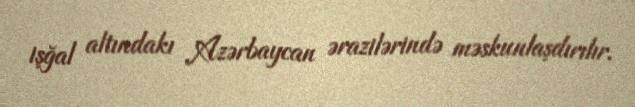
işğal altındakı Azərbaycan ərazilərində məskunlaşdırılır.